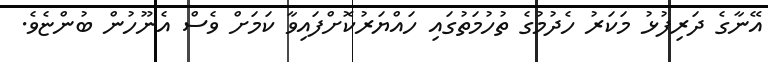
އޭނާގެ ދަރިފުޅު މަކަރު ހެދުމުގެ ތުހުމަތުގައި ހައްޔަރުކޮށްފައިވާ ކަމަށް ވެސް އެނޫހުން ބުންޏެވެ.